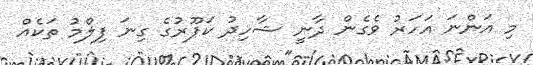
މި އަންނަ އަހަރު ވެގެން ދާނީ ޝާހިދު ކަޕޫރުގެ ގިނަ ފިލްމު ތަކެއް